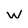
Character: w